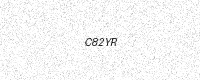
Text: C82YR